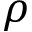
\rho